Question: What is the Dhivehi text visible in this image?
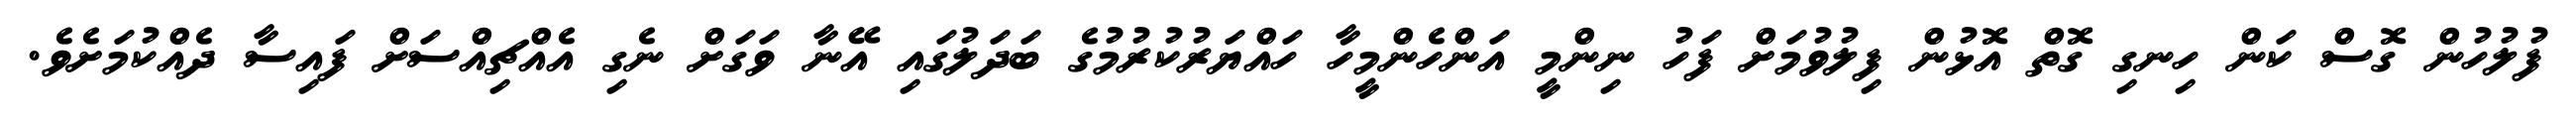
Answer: ފުލުހުން ގޮސް ކަން ހިނގި ގޮތް އޮޅުން ފިލުވުމަށް ފަހު ނިންމީ އަންހެންމީހާ ހައްޔަރުކުރުމުގެ ބަދަލުގައި އޭނާ ވަގަށް ނެގި އެއްޗިއްސަށް ފައިސާ ދެއްކުމަށެވެ.